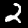
Label: 2